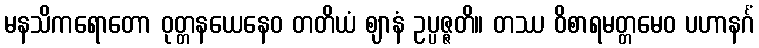
မနသိကရောတော ဝုတ္တနယေနေဝ တတိယံ ဈာနံ ဥပ္ပဇ္ဇတိ။ တဿ ဝိစာရမတ္တမေဝ ပဟာနင်္ဂံ